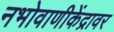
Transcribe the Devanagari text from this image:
नभोवाणीकेंद्रावर